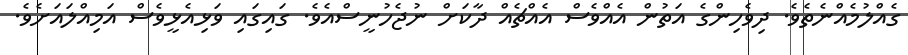
ގެއްލުމެއްނެތެވެ. ދިވެހިންގެ އަތުން އެއްވެސް އެއްޗެއް ދާކަށް ނުޖެހުނީސްއެވެ. ގައިގައި ވަޅިއެޅީވެސް އަމިއްލައަށެވެ.